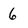
Character: 6